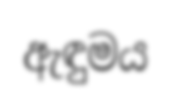
ඇඳුමය